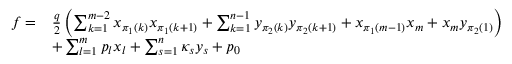
\begin{array} { r l } { f = } & { \frac { q } { 2 } \left( \sum _ { k = 1 } ^ { m - 2 } x _ { \pi _ { 1 } ( k ) } x _ { \pi _ { 1 } ( k + 1 ) } + \sum _ { k = 1 } ^ { n - 1 } y _ { \pi _ { 2 } ( k ) } y _ { \pi _ { 2 } ( k + 1 ) } + x _ { \pi _ { 1 } ( m - 1 ) } x _ { m } + x _ { m } y _ { \pi _ { 2 } ( 1 ) } \right) } \\ & { + \sum _ { l = 1 } ^ { m } p _ { l } x _ { l } + \sum _ { s = 1 } ^ { n } \kappa _ { s } y _ { s } + p _ { 0 } } \end{array}